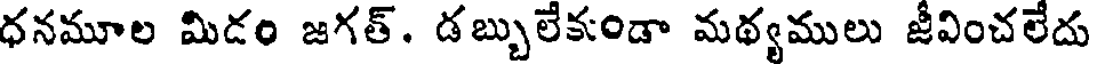
ధనమూల మిడం జగత్. డబ్బులేకండా మథ్యములు జీవించలేదు